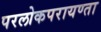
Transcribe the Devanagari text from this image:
परलोकपरायण्ता